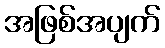
အဖြစ်အပျက်